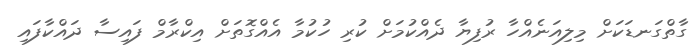
ގާތްގަނޑަކަށް މިލިއަނެއްހާ ރުފިޔާ ދެއްކުމަށް ކުރި ހުކުމާ އެއްގޮތަށް އިކްރާމް ފައިސާ ދައްކާފައި